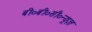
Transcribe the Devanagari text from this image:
बी०बी०सी०न्यूज़